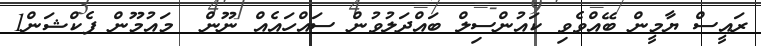
ރައީސް ޔާމީން ބޭއްވެވި ކައުންސިލް ބައްދަލުވުން ސައްހައެއް ނޫން  މައުމޫން ފެކްޝަން1